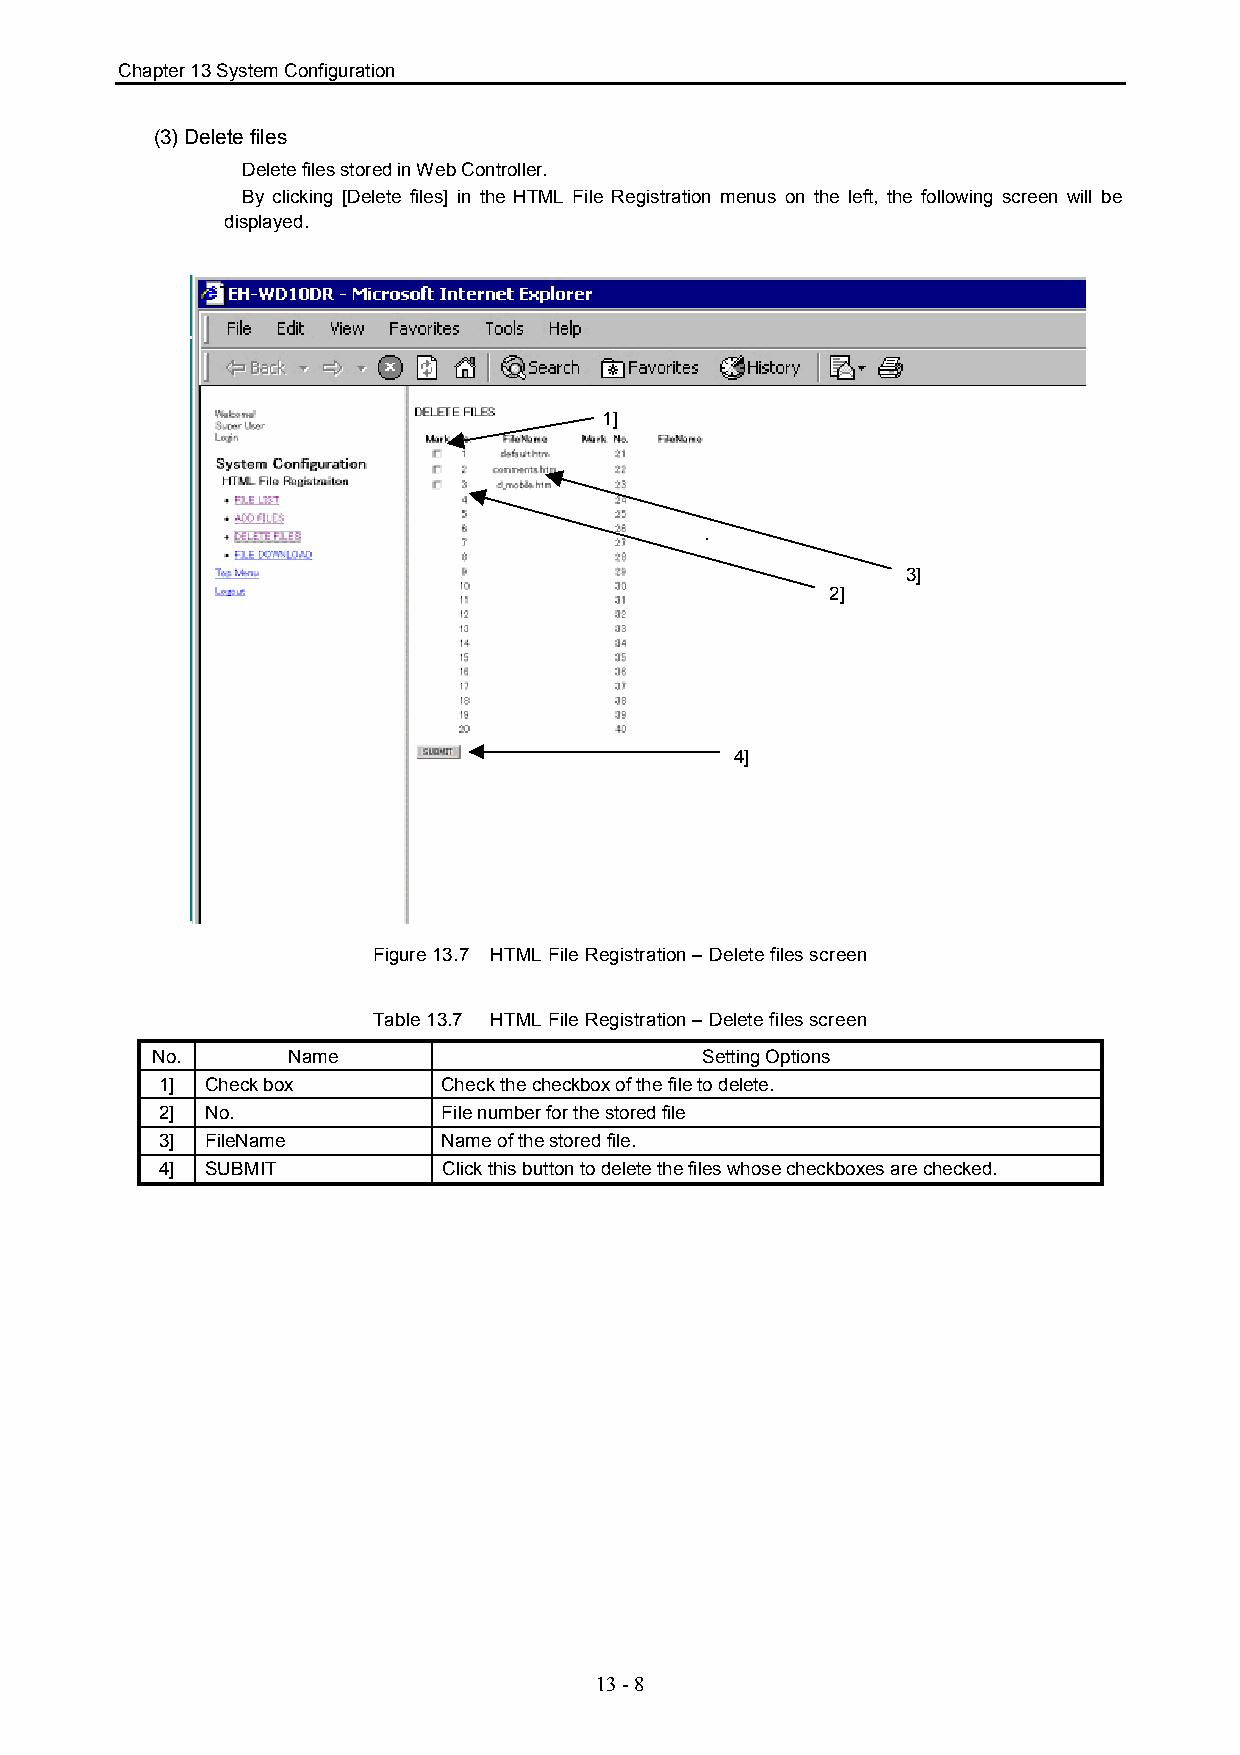
Chapter 13 System Configuration
 (3) Delete files
 Delete files stored in Web Controller.
 By clicking [Delete files] in the HTML File Registration menus on the left, the following screen will be
 displayed.
 1]
 3]
 2]
 4]
 Figure 13.7 HTML File Registration – Delete files screen
 Table 13.7 HTML File Registration – Delete files screen
 No.      Name                       Setting Options
 1] Check box      Check the checkbox of the file to delete.
 2] No.            File number for the stored file
 3] FileName       Name of the stored file.
 4] SUBMIT         Click this button to delete the files whose checkboxes are checked.
 13 - 8